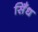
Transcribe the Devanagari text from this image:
सिँध